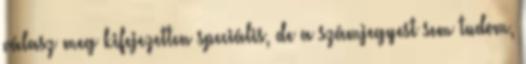
válasz meg kifejezetten speciális, de a számjegyest sem tudom,